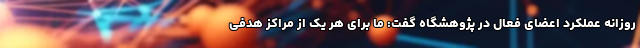
روزانه عملکرد اعضای فعال در پژوهشگاه گفت: ما برای هر یک از مراکز هدفی